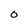
Character: 0